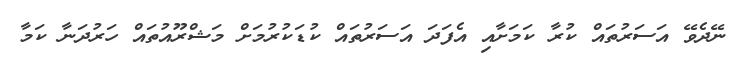
ނޭދެވޭ އަސަރުތައް ކުރާ ކަަމަށާއި އެފަދަ އަސަރުތައް ކުޑަކުރުމަށް މަޝްރޫއުތައް ހަރުދަނާ ކަމާ